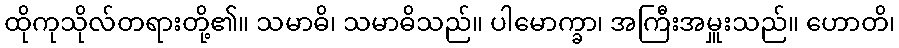
ထိုကုသိုလ်တရားတို့၏။ သမာဓိ၊ သမာဓိသည်။ ပါမောက္ခာ၊ အကြီးအမှူးသည်။ ဟောတိ၊